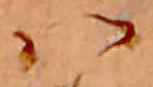
ハ